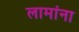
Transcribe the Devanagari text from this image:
लामांना